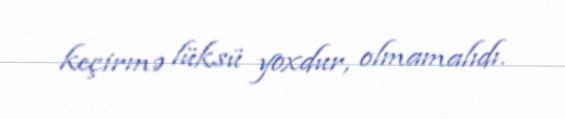
keçirmə lüksü yoxdur, olmamalıdı.